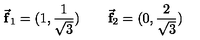
\vec { \mathrm { \bf f } } _ { 1 } = ( 1 , { \frac { 1 } { \sqrt { 3 } } } ) \qquad \vec { \mathrm { \bf f } } _ { 2 } = ( 0 , { \frac { 2 } { \sqrt { 3 } } } )